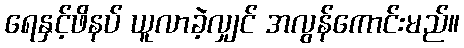
ရေနှင့်ဖိနပ် ယူလာခဲ့လျှင် အလွန်ကောင်းမည်။